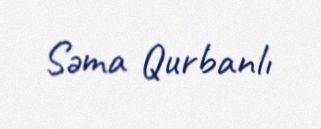
Səma Qurbanlı